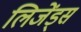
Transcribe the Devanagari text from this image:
लिजेंड्स